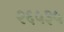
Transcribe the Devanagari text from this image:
२६५३५